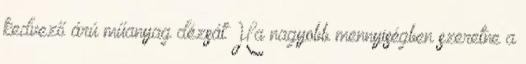
kedvező árú műanyag dézsát Ha nagyobb mennyiségben szeretne a